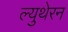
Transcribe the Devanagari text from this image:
ल्युथेरन